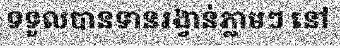
ទទួលបានទានរង្វាន់ភ្លាមៗ នៅ